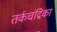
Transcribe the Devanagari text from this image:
तर्कचंद्रिका